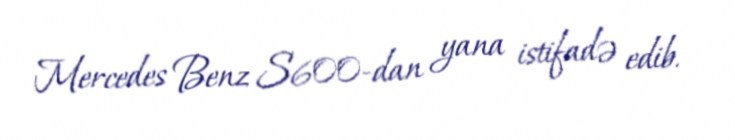
Mercedes Benz S600-dan yana istifadə edib.